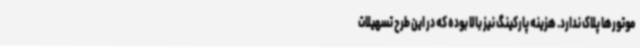
موتورها پلاک ندارد. هزینه پارکینگ نیز بالا بوده که در این طرح تسهیلات